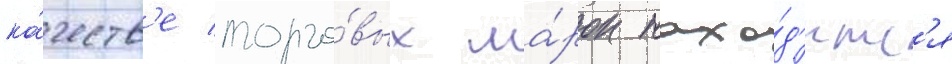
ка́честв'е торго́вых ма́рок нахо́д'итс'я